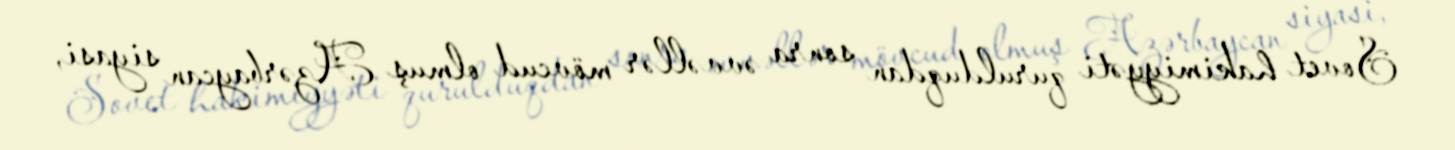
Sovet hakimiyyəti qurulduqdan sonra əvvəllər mövcud olmuş Azərbaycan siyasi,